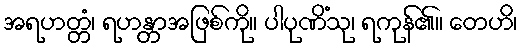
အရဟတ္တံ၊ ရဟန္တာအဖြစ်ကို။ ပါပုဏိံသု၊ ရကုန်၏။ တေဟိ၊